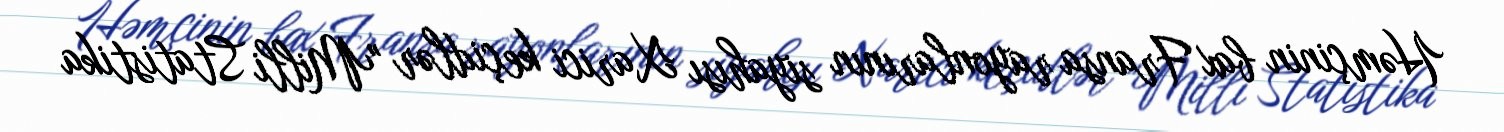
Həmçinin bax Fransa rayonlarının siyahısı Xarici keçidlər "Milli Statistika